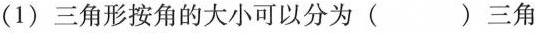
（1）三角形按角的大小可以分为（）三角